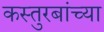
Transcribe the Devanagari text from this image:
कस्तुरबांच्या